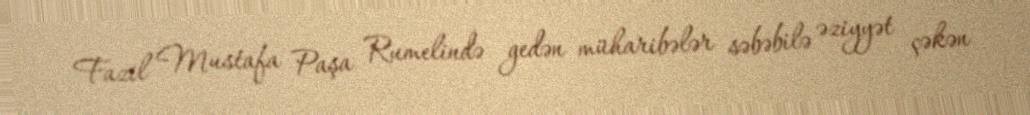
Fazil Mustafa Paşa Rumelində gedən müharibələr səbəbilə əziyyət çəkən